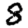
Digit: 8